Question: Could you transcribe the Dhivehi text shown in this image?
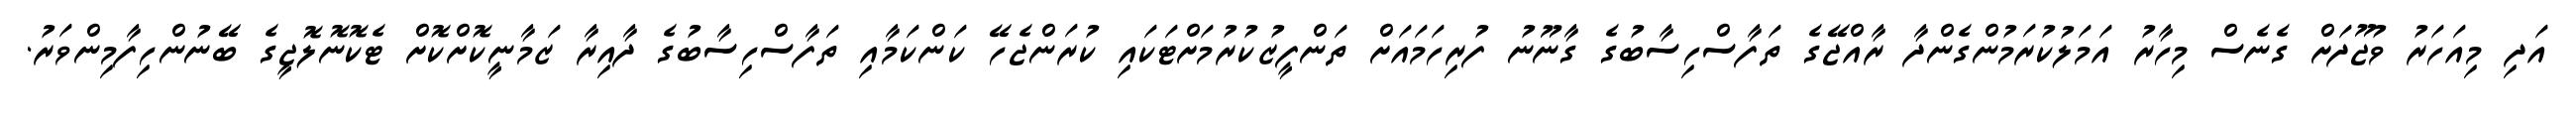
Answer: އަދި މިއަހަރު ވުޖޫދަށް ގެނެސް މިހާރު އަމަލުކުރަމުންގެންދާ ރާއްޖޭގެ ތަފާސްހިސާބުގެ ގާނޫނު ފުރިހަމައަށް ތަންފީޒުކުރުމަށްޓަކައި ކުރަންޖެހޭ ކަންކަމާއި ތަފާސްހިސާބުގެ ދާއިރާ ޒަމާނީކޮށްކޮށް ޓެކޮނޮލޮޖީގެ ބޭނުންހިފާމިންވަރު.